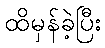
ထိမှန်ခဲ့ပြီး